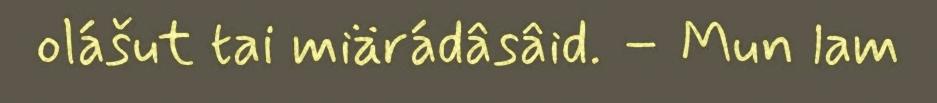
olášut tai miärádâsâid. – Mun lam